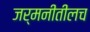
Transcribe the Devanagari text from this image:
जर्मनीतीलच